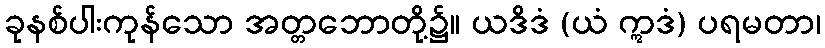
ခုနစ်ပါးကုန်သော အတ္တဘောတို့၌။ ယဒိဒံ (ယံ ဣဒံ) ပရမတာ၊